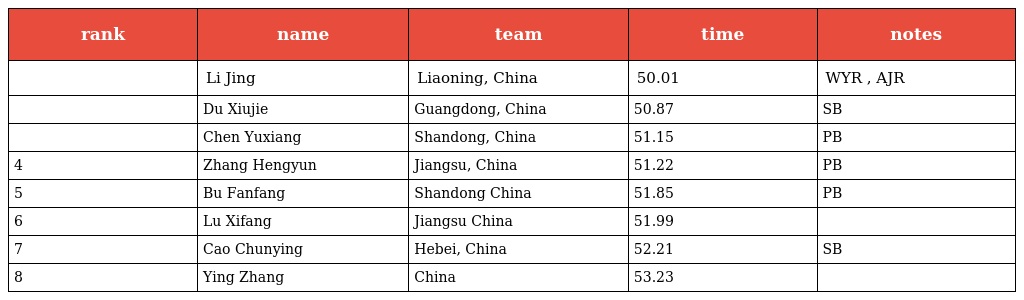
| rank | name | team | time | notes |
 | --- | --- | --- | --- | --- |
 |  | Li Jing | Liaoning, China | 50.01 | WYR , AJR |
 |  | Du Xiujie | Guangdong, China | 50.87 | SB |
 |  | Chen Yuxiang | Shandong, China | 51.15 | PB |
 | 4 | Zhang Hengyun | Jiangsu, China | 51.22 | PB |
 | 5 | Bu Fanfang | Shandong China | 51.85 | PB |
 | 6 | Lu Xifang | Jiangsu China | 51.99 |  |
 | 7 | Cao Chunying | Hebei, China | 52.21 | SB |
 | 8 | Ying Zhang | China | 53.23 |  |